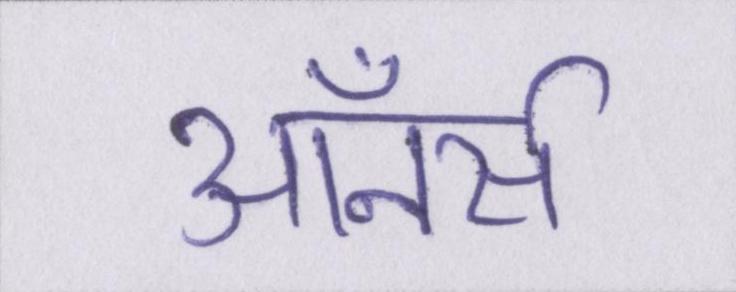
ऑनर्स